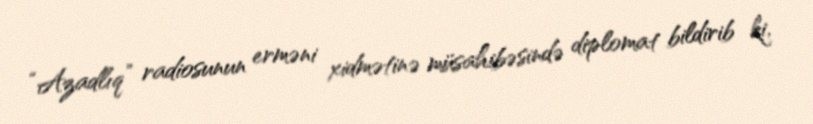
“Azadlıq” radiosunun erməni xidmətinə müsahibəsində diplomat bildirib ki,